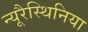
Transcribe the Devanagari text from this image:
न्यूरैस्थिनिया